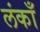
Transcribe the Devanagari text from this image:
लंकाँ